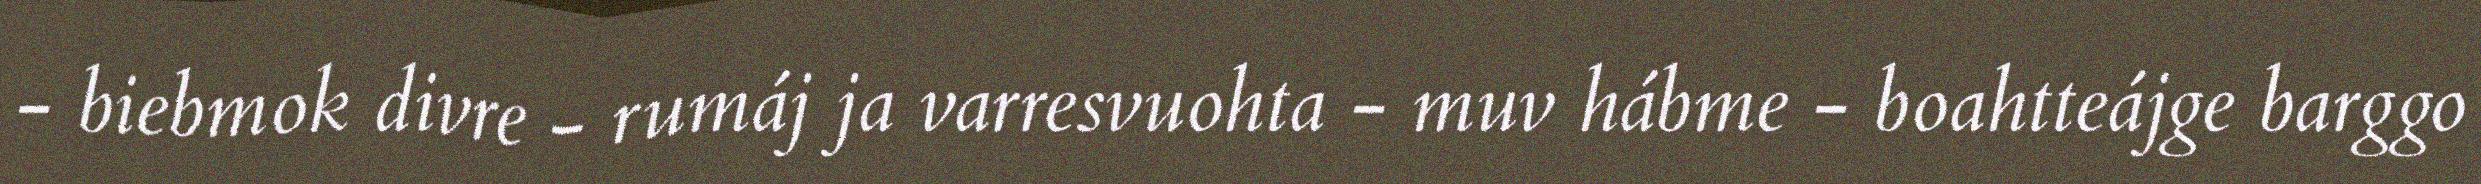
- biebmok divre - rumáj ja varresvuohta - muv hábme - boahtteájge barggo